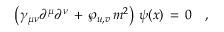
\left( \gamma _ { \mu \nu } \partial ^ { \mu } \partial ^ { \nu } \, + \, \wp _ { u , v } \, m ^ { 2 } \right) \, \psi ( x ) \, = \, 0 \quad ,